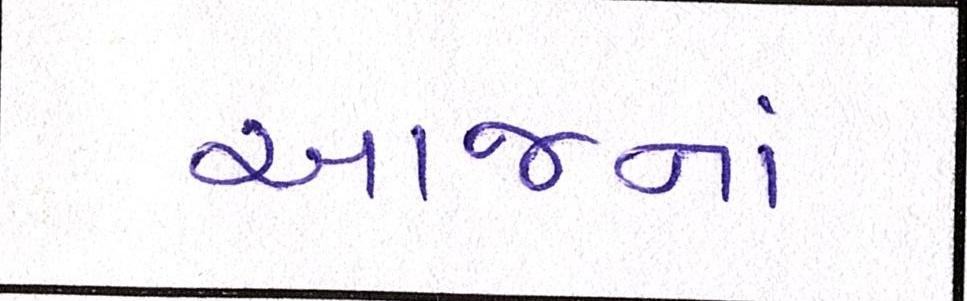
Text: આજનાં